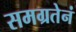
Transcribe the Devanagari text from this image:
समग्रतेनं